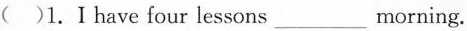
( )1.Ⅰhave four lessons\underlinemorning.